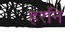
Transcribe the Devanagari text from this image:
हरनि